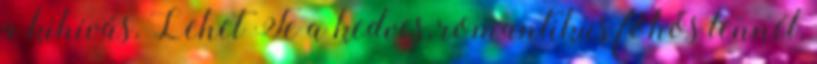
a kihívás. Lehet Te a kedves, romantikus főhős lennél,